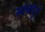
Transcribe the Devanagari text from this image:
स्थलदुर्ग